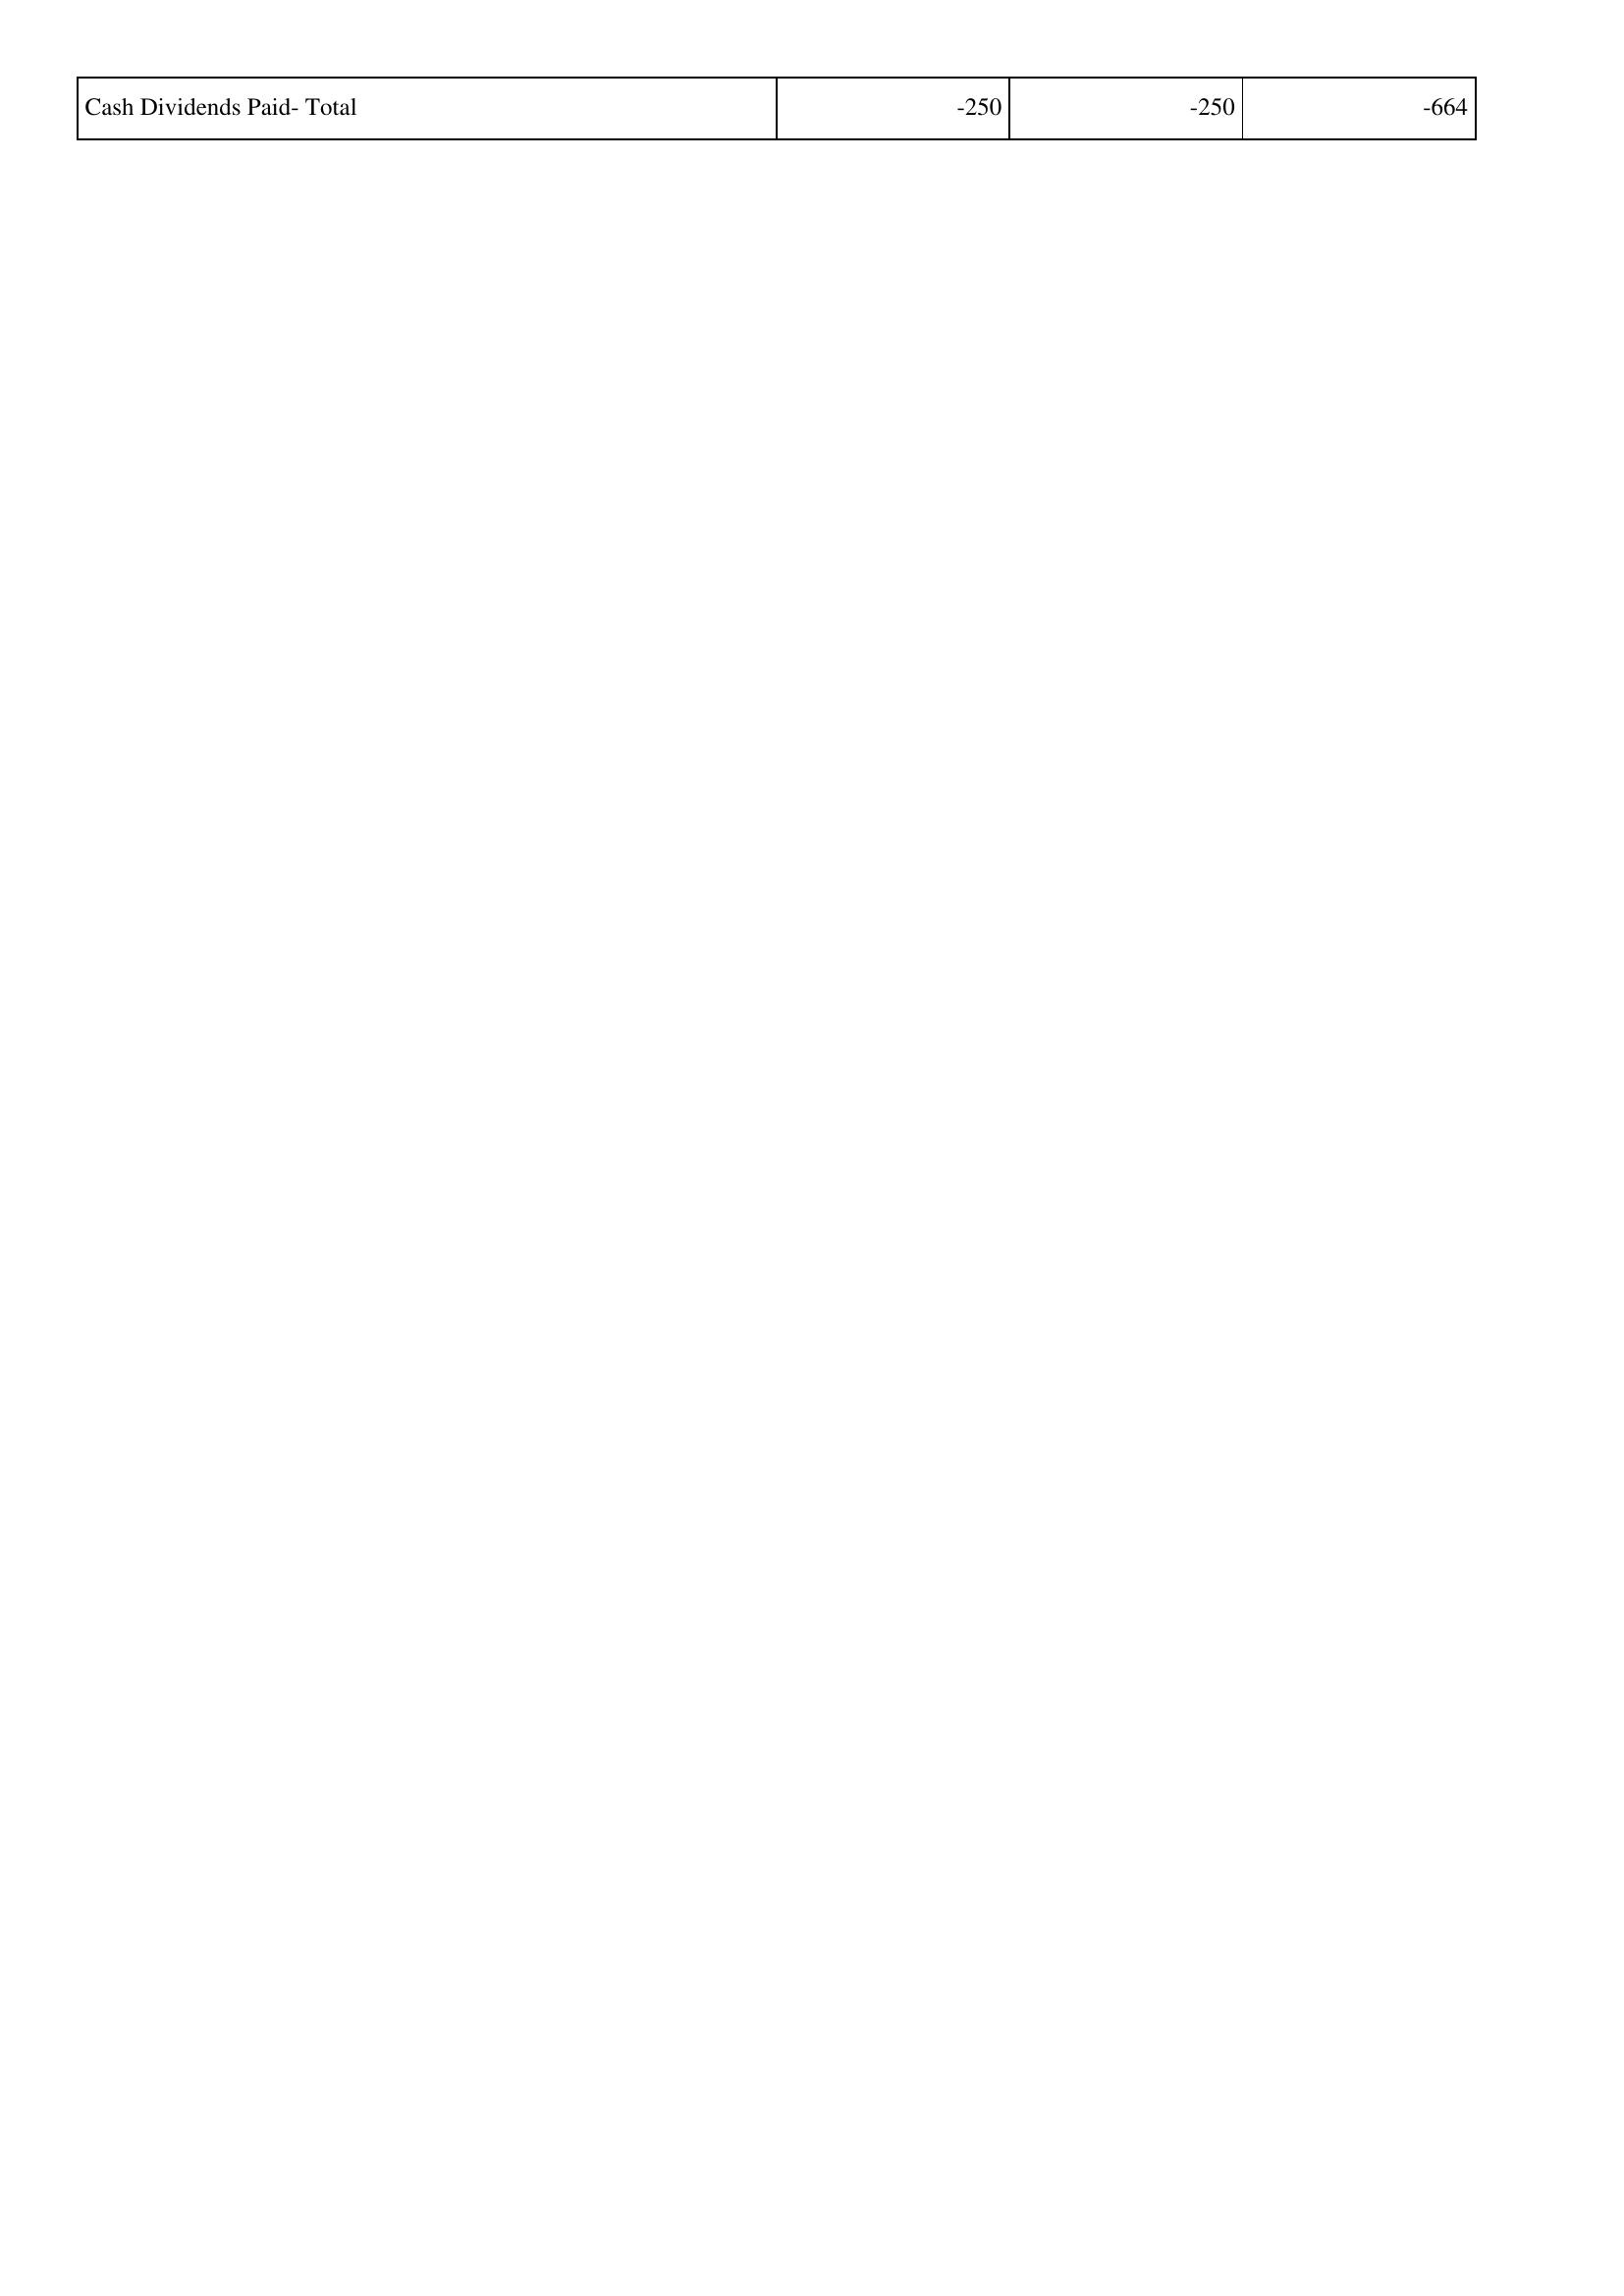
2019: Financing Activities: Cash Dividends Paid- Total: -250
2020: Financing Activities: Cash Dividends Paid- Total: -250
2021: Financing Activities: Cash Dividends Paid- Total: -664